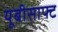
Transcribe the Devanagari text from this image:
यूबीसाफ्ट